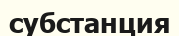
субстанция